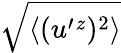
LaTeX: \sqrt{\langle{(u^{\prime}{}^{z})^{2}}\rangle}